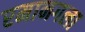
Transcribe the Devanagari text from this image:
रमानगला